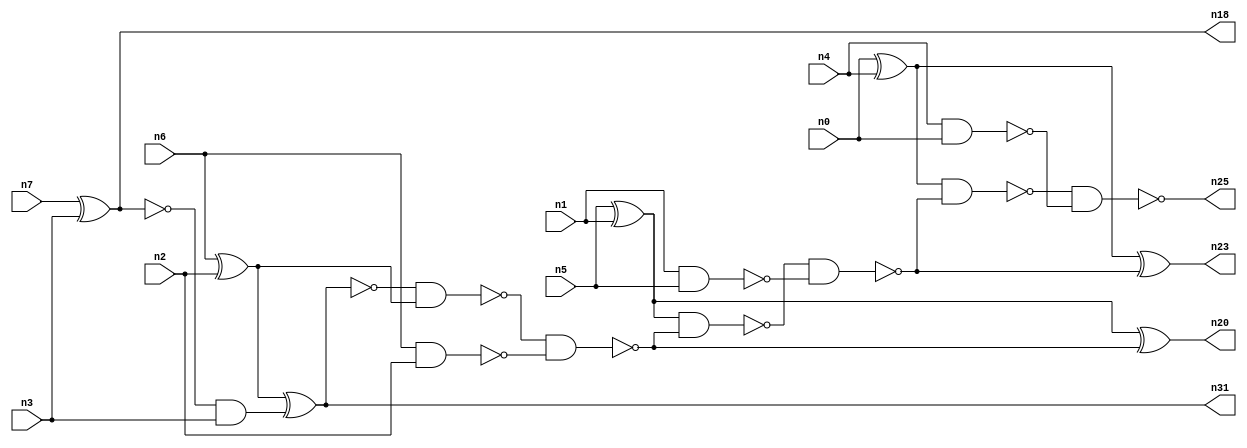
// This program was cloned from: https://github.com/umar-afzaal/ReCkt
// License: MIT License

// This file contains a pareto-optimal circuit with respect to area and the fault-resilince parameter p_fault which is defined as:
// "For all input vectors, the ratio of the no. of faults observable at the POs to the no. of total possible faults in the circuit".
// This code is part of the ReCkt library (https://github.com/umar-afzaal/ReCkt) distributed under The MIT License.
// When used, please cite the following article(s):
// U. Afzaal, A.S. Hassan, M. Usman and J.A. Lee, "On the Evolutionary Synthesis of Increased Fault-resilience Arithmetic Circuits".

// p_fault = 95.6 %    (Lower is better)
// gates = 19.0
// levels = 9
// area = 25.65    (For MCNC library relative to nand2)
// power = 101.4 uW    (Berkely-SIS for MCNC library @ Vdd=5V and 20 MHz clock)
// delay = 12.1 ns    (Berkely-ABC for MCNC library)
// PDP = 1.22694e-12 J

// Pin mapping:
// {n0, n1, n2, n3} = A[3:0]
// {n4, n5, n6, n7} = B[3:0]
// {n25, n23, n20, n31, n18} = O[4:0]

module addr4u_area_3 (
n0, n1, n2, n3, n4, n5, n6, n7, 
n25, n23, n20, n31, n18
);

input n0, n1, n2, n3, n4, n5, n6, n7;
output n25, n23, n20, n31, n18;
wire n15, n16, n8, n10, n13, n12, n19, n21, n24, n9, n11, n14, n17, n22;

nand (n8, n6, n2);
xnor (n9, n7, n3);
nand (n10, n1, n5);
nand (n11, n4, n0);
xor (n12, n5, n1);
xor (n13, n0, n4);
xor (n14, n6, n2);
and (n15, n9, n3);
xnor (n16, n14, n15);
nand (n17, n16, n14);
nand (n18, n9, n9);
nand (n19, n17, n8);
xor (n20, n12, n19);
nand (n21, n12, n19);
nand (n22, n21, n10);
xor (n23, n13, n22);
nand (n24, n13, n22);
nand (n25, n24, n11);
nand (n31, n16, n16);

endmodule